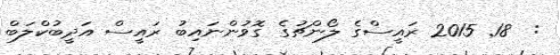
:  18